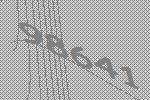
98641